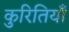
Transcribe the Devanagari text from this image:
कुरितियाँ